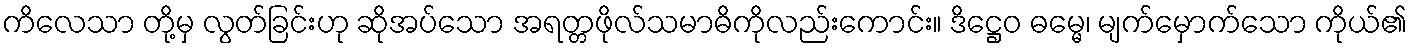
ကိလေသာ တို့မှ လွတ်ခြင်းဟု ဆိုအပ်သော အရတ္တဖိုလ်သမာဓိကိုလည်းကောင်း။ ဒိဋ္ဌေဝ ဓမ္မေ၊ မျက်မှောက်သော ကိုယ်၏